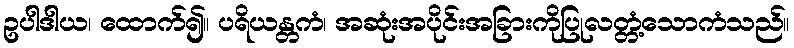
ဥပါဒါယ၊ ထောက်၍။ ပရိယန္တကံ၊ အဆုံးအပိုင်းအခြားကိုပြုလတ္တံ့သောကံသည်။